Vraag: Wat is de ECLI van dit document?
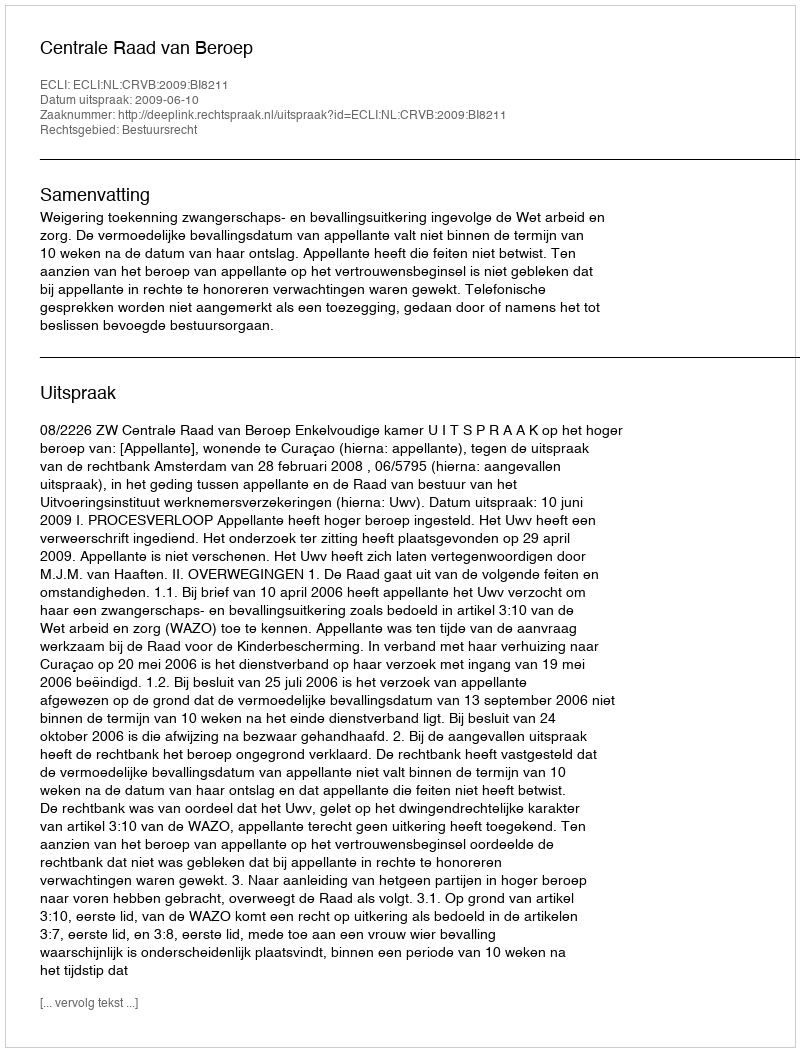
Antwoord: ECLI:NL:CRVB:2009:BI8211